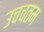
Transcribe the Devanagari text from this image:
उचचतम